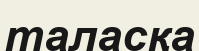
таласқа